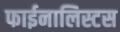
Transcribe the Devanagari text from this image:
फाईनालिस्टस